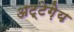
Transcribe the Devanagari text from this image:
अट्टेग़ेय